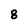
Character: 8